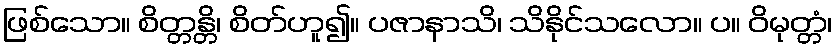
ဖြစ်သော။ စိတ္တန္တိ၊ စိတ်ဟူ၍။ ပဇာနာသိ၊ သိနိုင်သလော။ ပ။ ဝိမုတ္တံ၊